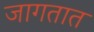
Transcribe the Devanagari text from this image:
जागतात